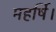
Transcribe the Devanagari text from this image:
महर्षि।